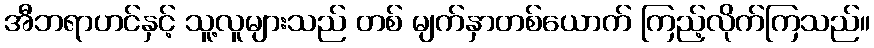
အီဘရာဟင်နှင့် သူ့လူများသည် တစ် မျက်နှာတစ်ယောက် ကြည့်လိုက်ကြသည်။